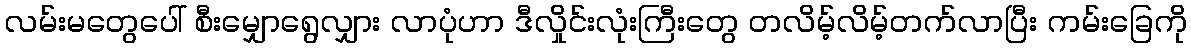
လမ်းမတွေပေါ် စီးမျှောရွေလျှား လာပုံဟာ ဒီလှိုင်းလုံးကြီးတွေ တလိမ့်လိမ့်တက်လာပြီး ကမ်းခြေကို